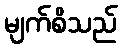
မျက်စိသည်